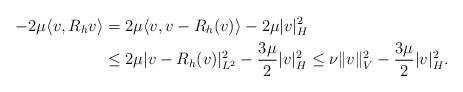
LaTeX: \begin{align*} -2\mu\langle v,R_{h}v\rangle&=2\mu\langle v,v- R_{h} (v)\rangle-2\mu |v|_{H}^{2}\\ &\le 2\mu |v-R_{h}(v)|_{L^2}^2-{3\mu\over 2}|v|_{H}^{2} \le \nu\|v\|_{V}^{2}-{3\mu\over 2} |v|_{H}^{2}. \end{align*}